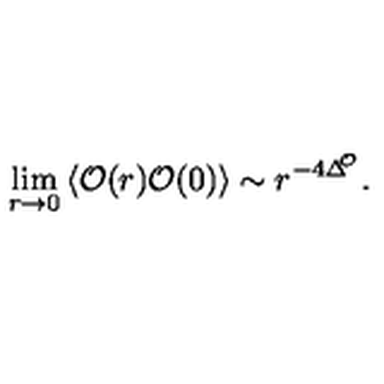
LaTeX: \lim _ { r \rightarrow 0 } \left\langle \mathcal { O } ( r ) \mathcal { O } ( 0 ) \right\rangle \sim r ^ { - 4 \Delta ^ { \! \! \mathcal { O } } } .